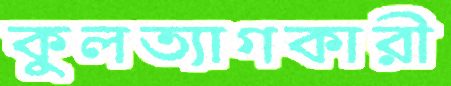
কুলত্যাগকারী